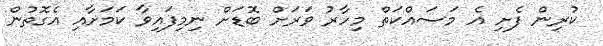
ކުރިން ފެށި އެ މަސައްކަތް މިހާރު ވަރަށް ބޮޑަށް ނިމިފައިވާ ކަމަށާއި އެގޮތުން